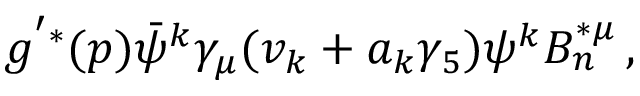
g ^ { ' * } ( p ) \bar { \psi } ^ { k } \gamma _ { \mu } ( v _ { k } + a _ { k } \gamma _ { 5 } ) \psi ^ { k } B _ { n } ^ { * \mu } \, ,